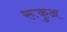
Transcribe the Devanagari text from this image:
रूकुअ